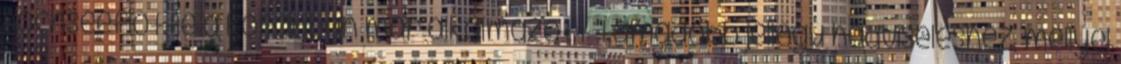
Hochseeflotte a korábban már alkalmazott támadóbb jellegű hadviseléshez, mellyel